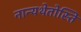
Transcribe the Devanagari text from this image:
नान्यथेतोस्ति